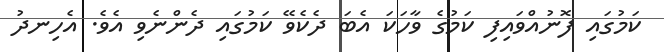
ކަމުގައި ފޮނުއްވައިފި ކަމުގެ ވާހަކަ އެބަ ދެކެވޭ ކަމުގައި ދެންނެވި އެވެ. އެހިނދު